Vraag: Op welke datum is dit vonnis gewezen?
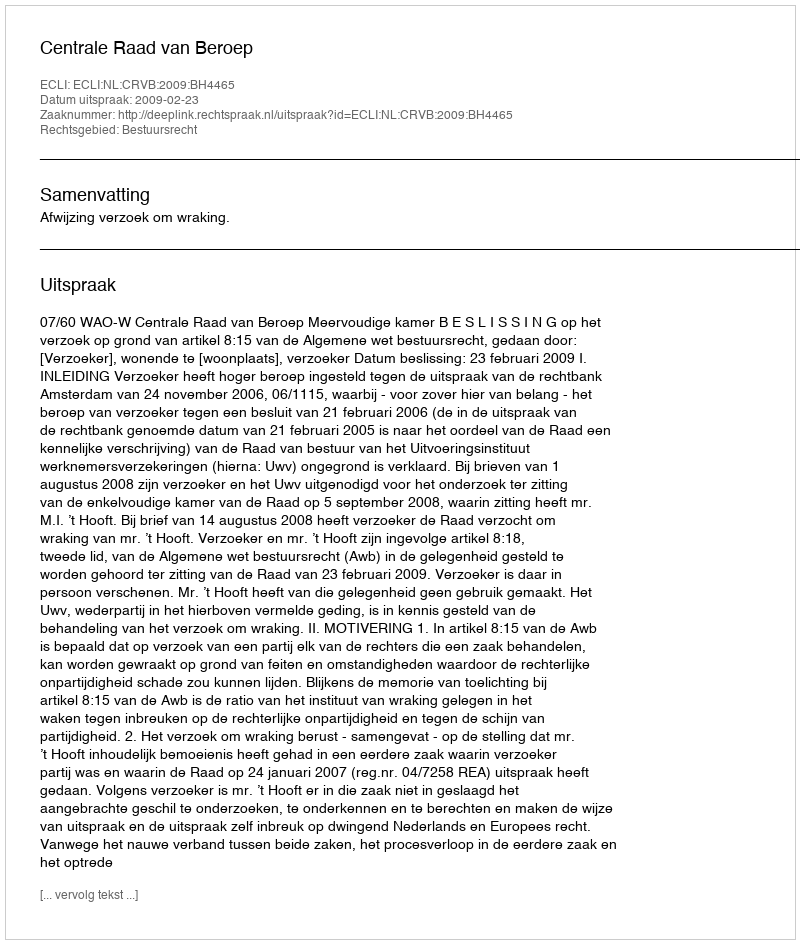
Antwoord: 2009-02-23